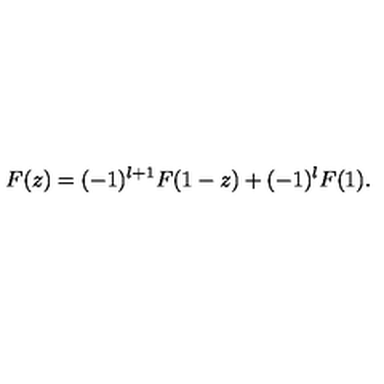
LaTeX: F ( z ) = ( - 1 ) ^ { l + 1 } F ( 1 - z ) + ( - 1 ) ^ { l } F ( 1 ) .